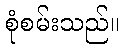
စုံစမ်းသည်။